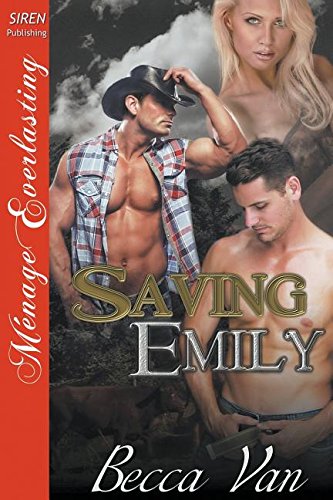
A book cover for Saving Emily (Siren Publishing Menage Everlasting); Becca Van; Romance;